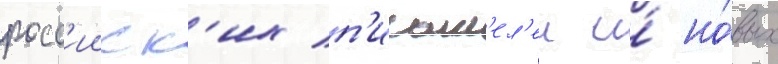
росс'ииск'их п'исат'ел'еи и́ но́вых